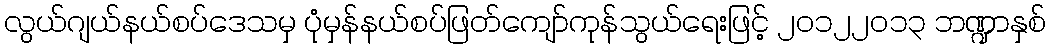
လွယ်ဂျယ်နယ်စပ်ဒေသမှ ပုံမှန်နယ်စပ်ဖြတ်ကျော်ကုန်သွယ်ရေးဖြင့် ၂၀၁၂၂၀၁၃ ဘဏ္ဍာနှစ်